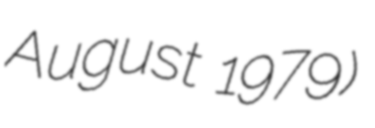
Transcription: August 1979)